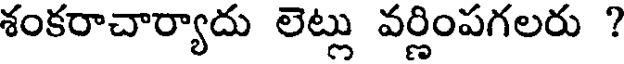
శంకరాచార్యాదు లెట్లు వర్ణింపగలరు ?